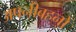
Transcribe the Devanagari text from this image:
अपनीबहनों